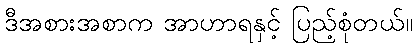
ဒီအစားအစာက အာဟာရနှင့် ပြည့်စုံတယ်။